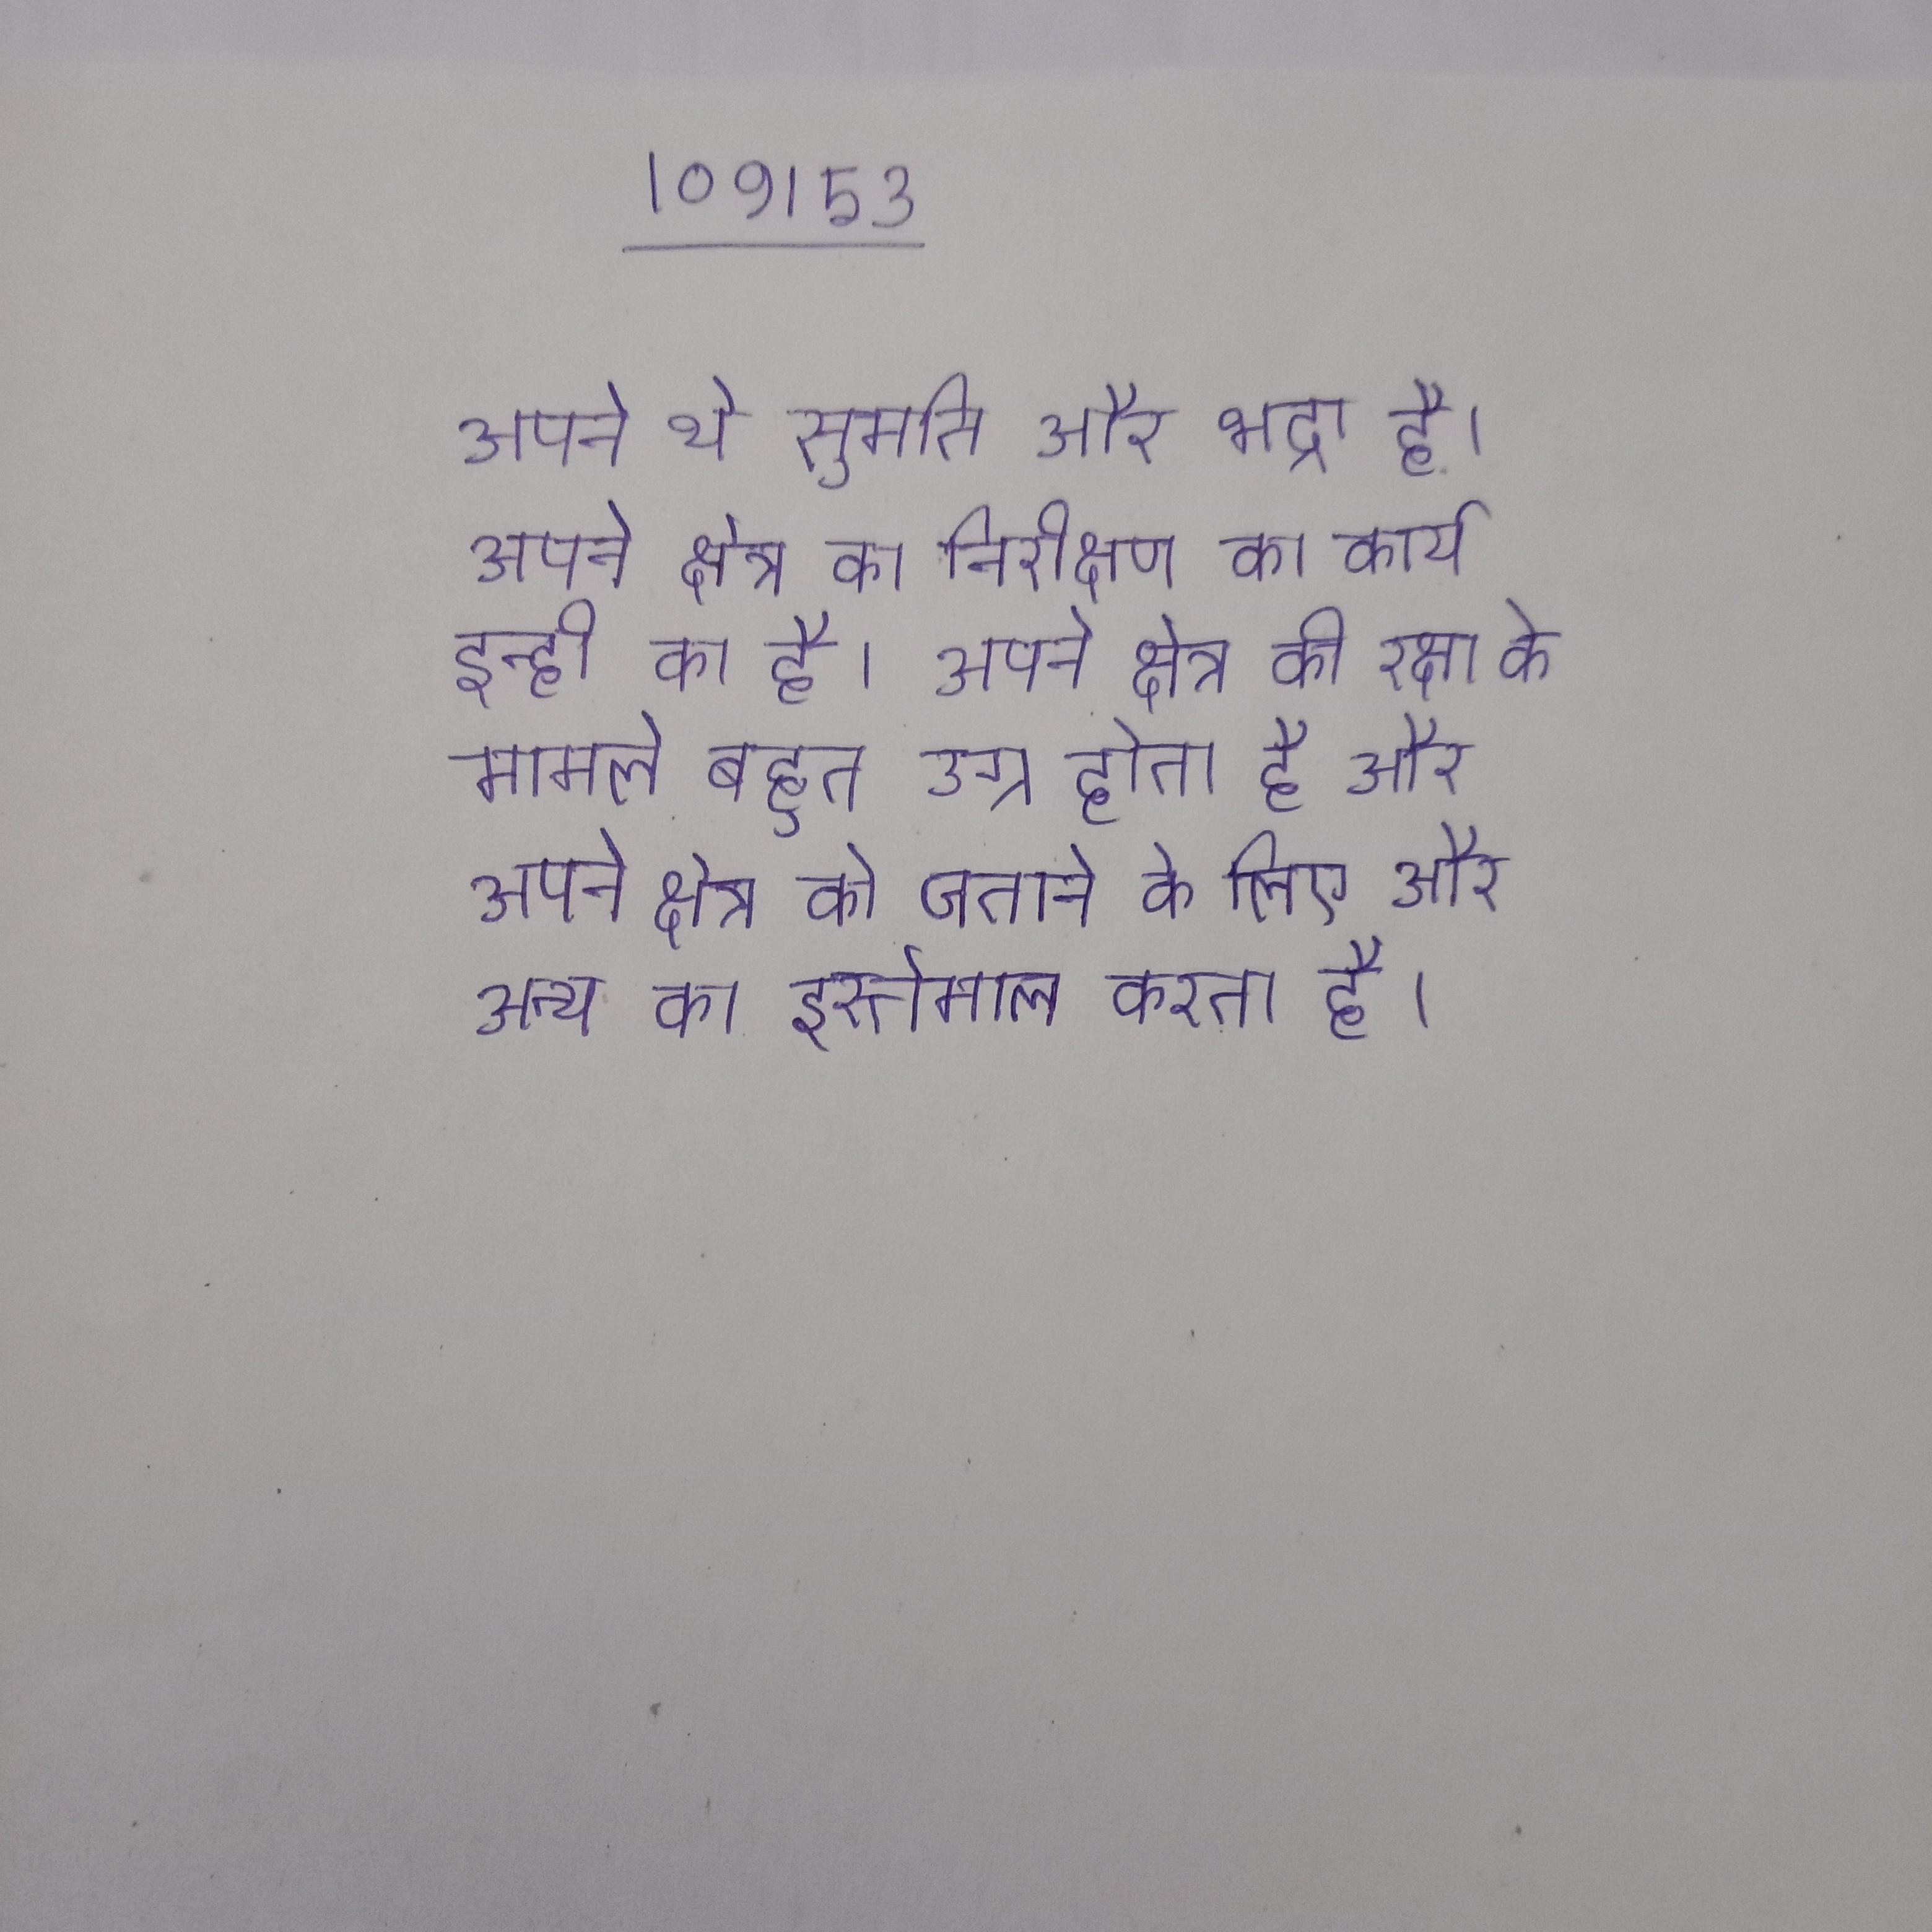
अपने थे सुमति और भद्रा है । अपने क्षेत्र का निरीक्षण का कार्य इन्ही का है । अपने क्षेत्र की रक्षा के मामले बहुत उग्र होता है और अपने क्षेत्र को जताने के लिए और अन्य का इस्तेमाल करता है ।